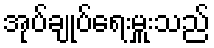
အုပ်ချုပ်ရေးမှူးသည်